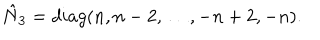
LaTeX: \hat { N } _ { 3 } = d i a g ( n , n - 2 , \ldots , - n + 2 , - n ) .